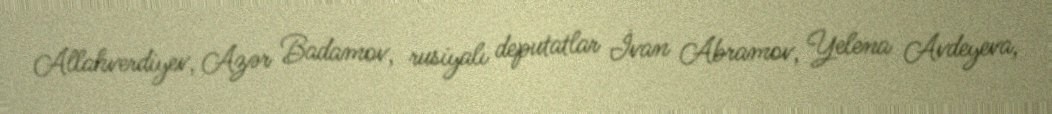
Allahverdiyev, Azər Badamov, rusiyalı deputatlar İvan Abramov, Yelena Avdeyeva,